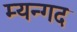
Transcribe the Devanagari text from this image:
म्यन्गद